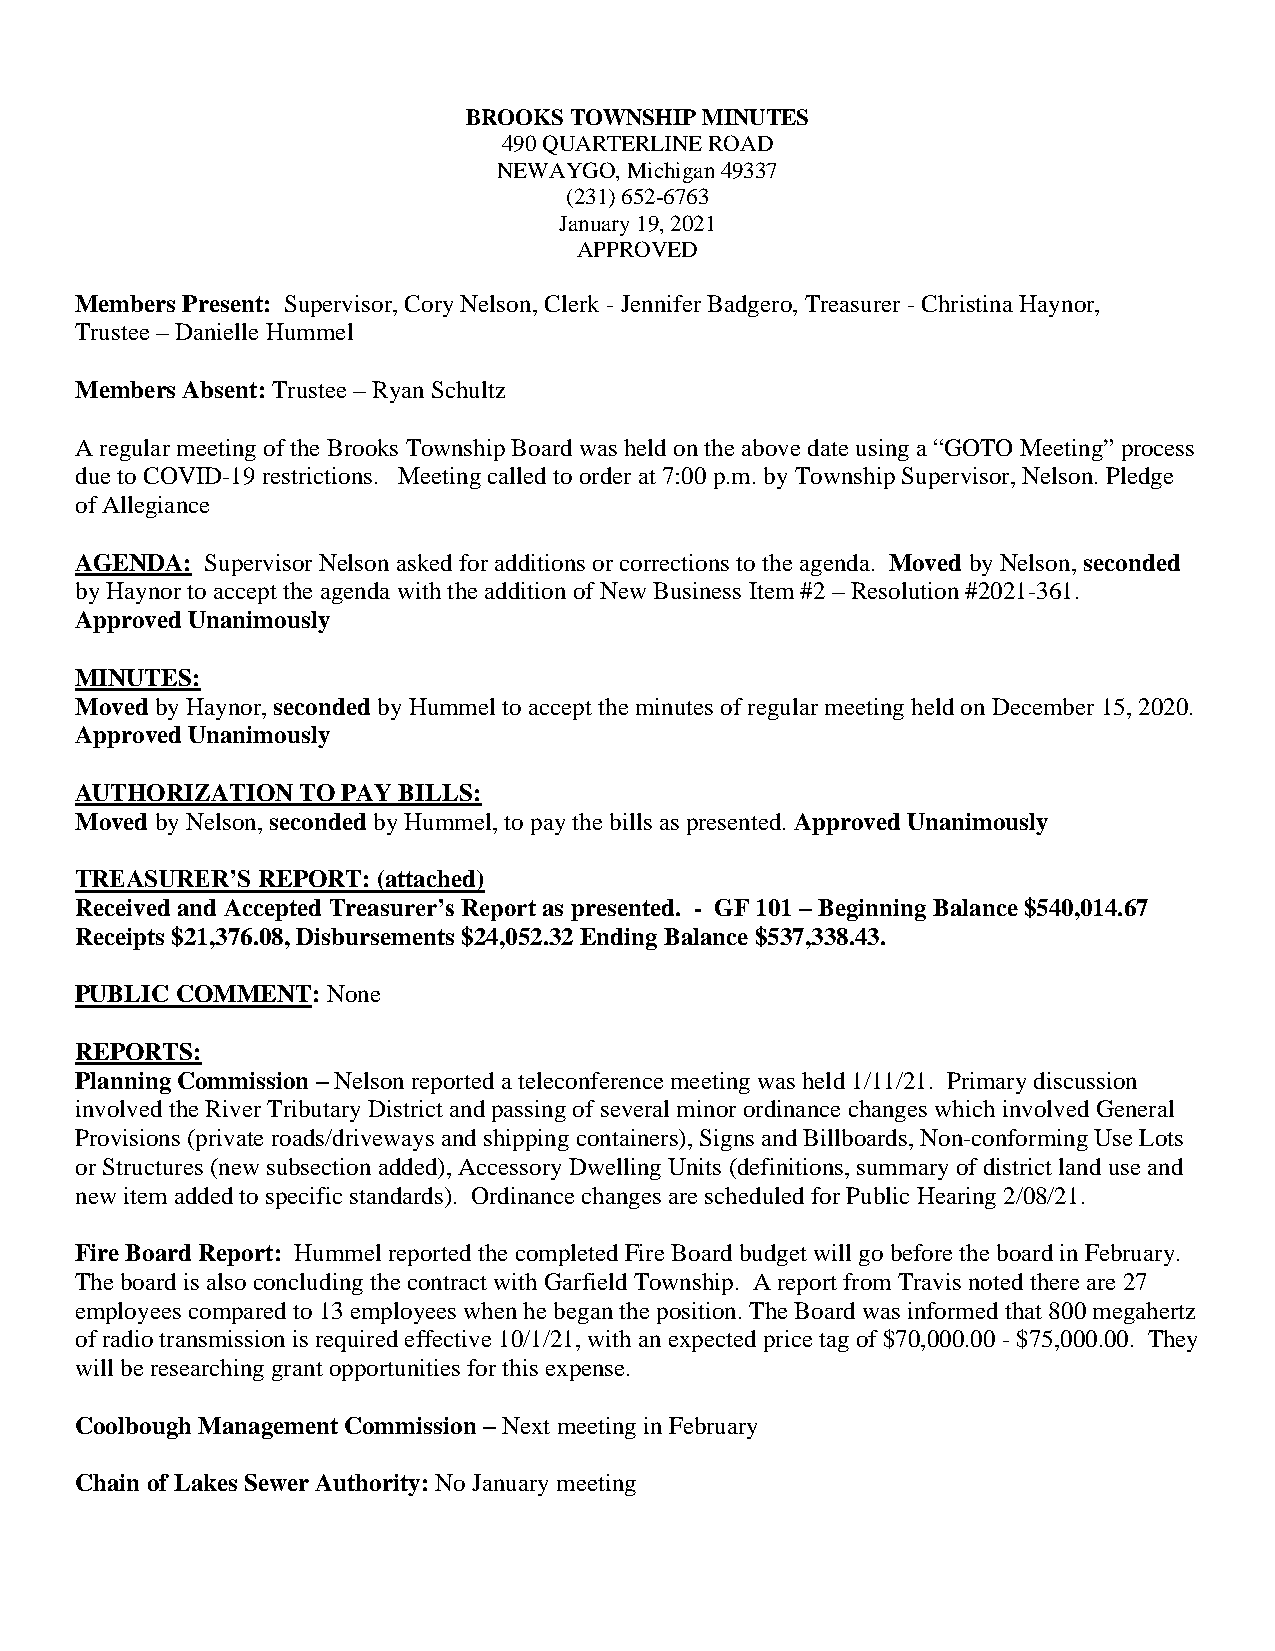
BROOKS TOWNSHIP MINUTES
 490 QUARTERLINE ROAD
 NEWAYGO, Michigan 49337
 (231) 652-6763
 January 19, 2021
 APPROVED
 Members Present: Supervisor, Cory Nelson, Clerk - Jennifer Badgero, Treasurer - Christina Haynor,
 Trustee – Danielle Hummel
 Members Absent: Trustee – Ryan Schultz
 A regular meeting of the Brooks Township Board was held on the above date using a “GOTO Meeting” process
 due to COVID-19 restrictions. Meeting called to order at 7:00 p.m. by Township Supervisor, Nelson. Pledge
 of Allegiance
 AGENDA:  Supervisor Nelson asked for additions or corrections to the agenda. Moved by Nelson, seconded
 by Haynor to accept the agenda with the addition of New Business Item #2 – Resolution #2021-361.
 Approved Unanimously
 MINUTES:
 Moved by Haynor, seconded by Hummel to accept the minutes of regular meeting held on December 15, 2020.
 Approved Unanimously
 AUTHORIZATION  TO PAY BILLS:
 Moved by Nelson, seconded by Hummel, to pay the bills as presented. Approved Unanimously
 TREASURER’S REPORT: (attached)
 Received and Accepted Treasurer’s Report as presented. - GF 101 – Beginning Balance $540,014.67
 Receipts $21,376.08, Disbursements $24,052.32 Ending Balance $537,338.43.
 PUBLIC COMMENT:  None
 REPORTS:
 Planning Commission – Nelson reported a teleconference meeting was held 1/11/21. Primary discussion
 involved the River Tributary District and passing of several minor ordinance changes which involved General
 Provisions (private roads/driveways and shipping containers), Signs and Billboards, Non-conforming Use Lots
 or Structures (new subsection added), Accessory Dwelling Units (definitions, summary of district land use and
 new item added to specific standards). Ordinance changes are scheduled for Public Hearing 2/08/21.
 Fire Board Report: Hummel reported the completed Fire Board budget will go before the board in February.
 The board is also concluding the contract with Garfield Township. A report from Travis noted there are 27
 employees compared to 13 employees when he began the position. The Board was informed that 800 megahertz
 of radio transmission is required effective 10/1/21, with an expected price tag of $70,000.00 - $75,000.00. They
 will be researching grant opportunities for this expense.
 Coolbough Management Commission – Next meeting in February
 Chain of Lakes Sewer Authority: No January meeting